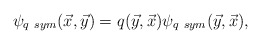
\begin{align*}\psi_{q~sym} (\vec x, \vec y) = q (\vec y, \vec x) \psi_{q~sym}(\vec y, \vec x),\end{align*}